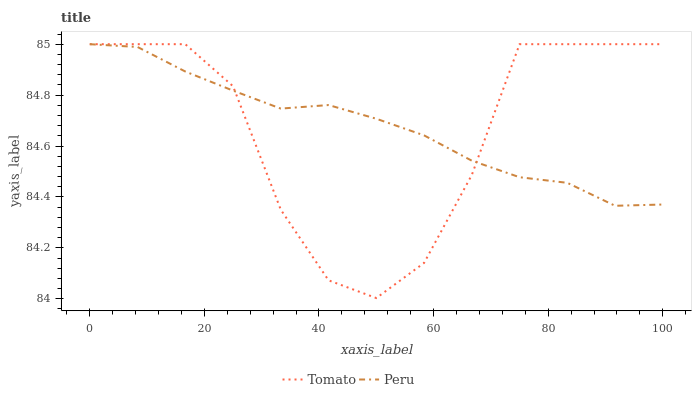
| xaxis_label | Tomato | Peru |
 | --- | --- | --- |
 | 0 | 85 | 85 |
 | 8.33 | 85 | 85 |
 | 16.7 | 85 | 84.9 |
 | 25 | 84.8 | 84.8 |
 | 33.3 | 84.3 | 84.7 |
 | 41.7 | 84.1 | 84.8 |
 | 50 | 84 | 84.7 |
 | 58.3 | 84.1 | 84.6 |
 | 66.7 | 84.5 | 84.5 |
 | 75 | 85 | 84.5 |
 | 83.3 | 85 | 84.5 |
 | 91.7 | 85 | 84.4 |
 | 100 | 85 | 84.4 |